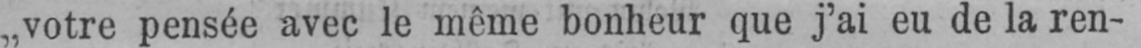
„votre pensée avec le même bonheur que j’ai eu de la ren-